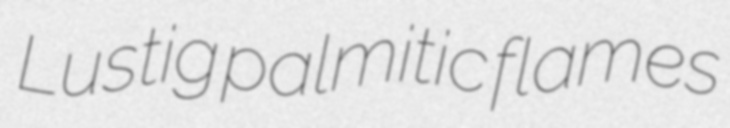
Lustig palmitic flames